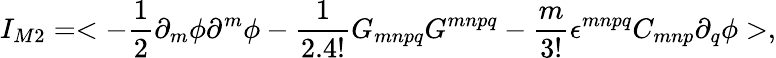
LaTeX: I_{M2}=<-\frac{1}{2}\partial_{m}\phi\partial^{m}\phi-\frac{1}{2.4!}G_{mnpq}G^{mnpq}-\frac{m}{3!}\epsilon^{mnpq}C_{mnp}\partial_{q}\phi>,